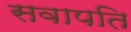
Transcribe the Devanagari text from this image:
सवापति